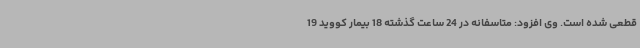
قطعی شده است. وی افزود: متاسفانه در 24 ساعت گذشته 18 بیمار کووید 19